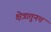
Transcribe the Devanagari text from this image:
क्षेत्रातुनच